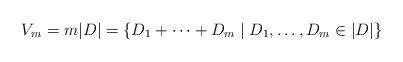
LaTeX: \begin{align*} V_m=m|D|=\{D_1+\cdots+D_m\mid D_1,\ldots,D_m\in |D|\} \end{align*}